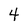
Character: 4